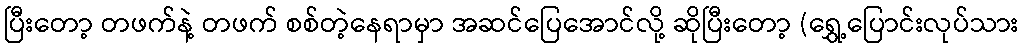
ပြီးတော့ တဖက်နဲ့ တဖက် စစ်တဲ့နေရာမှာ အဆင်ပြေအောင်လို့ ဆိုပြီးတော့ (ရွှေ့ပြောင်းလုပ်သား